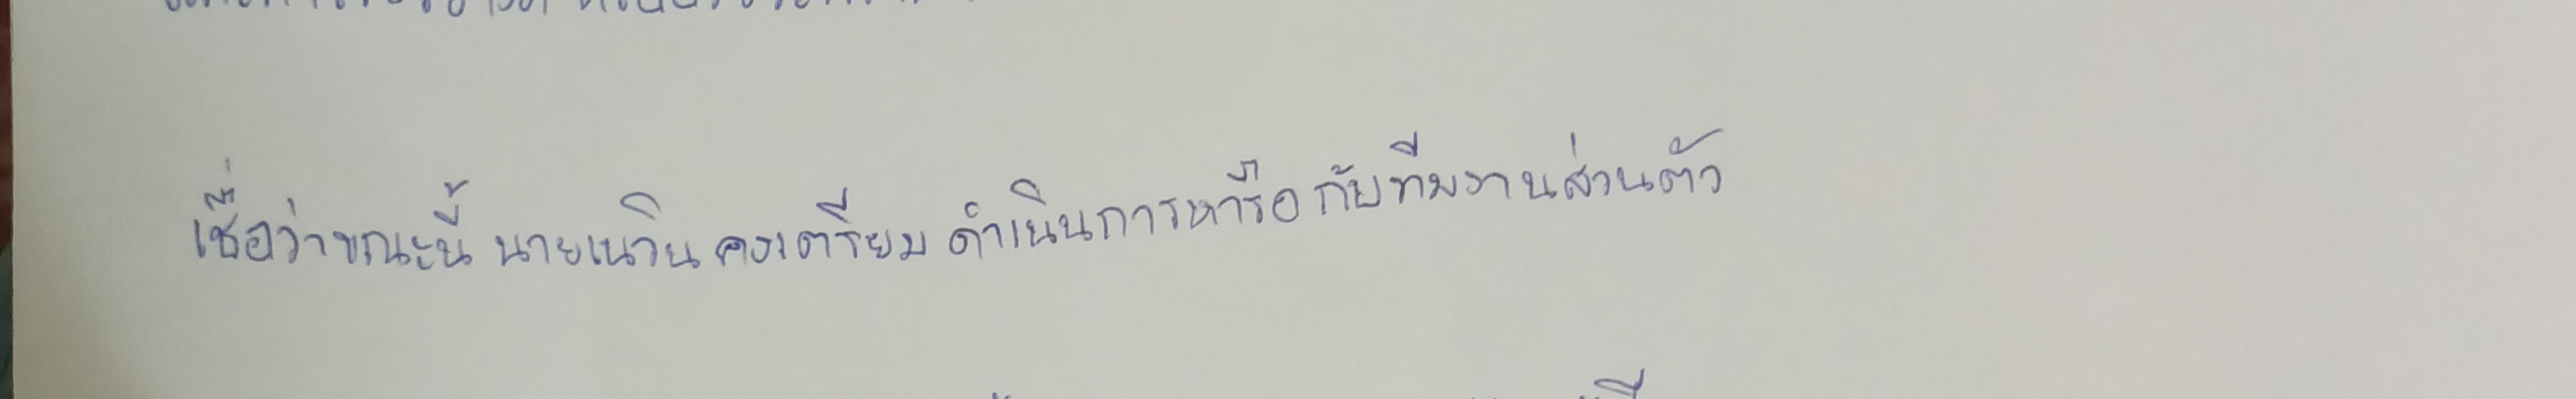
เชื่อว่าขณะนี้นายเนวินคงเตรียมดำเนินการหารือกับทีมงานส่วนตัว